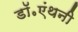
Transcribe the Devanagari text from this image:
डॉ॰एंथनी